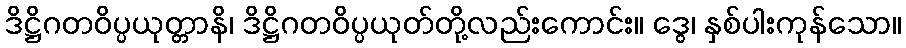
ဒိဋ္ဌိဂတဝိပ္ပယုတ္တာနိ၊ ဒိဋ္ဌိဂတဝိပ္ပယုတ်တို့လည်းကောင်း။ ဒွေ၊ နှစ်ပါးကုန်သော။